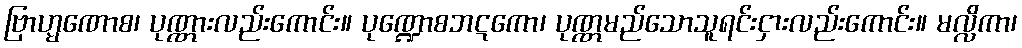
ဗြာဟ္မဏောစ၊ ပုဏ္ဏားလည်းကောင်း။ ပုဏ္ဍောစဘဋကော၊ ပုဏ္ဏမည်သောသူရင်းငှားလည်းကောင်း။ မလ္လိကာ၊